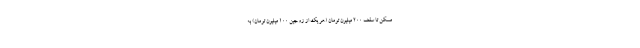
مسکن تا سقف ۲۰۰ میلیون تومان (هر یک از زوجین ۱۰۰ میلیون تومان) به